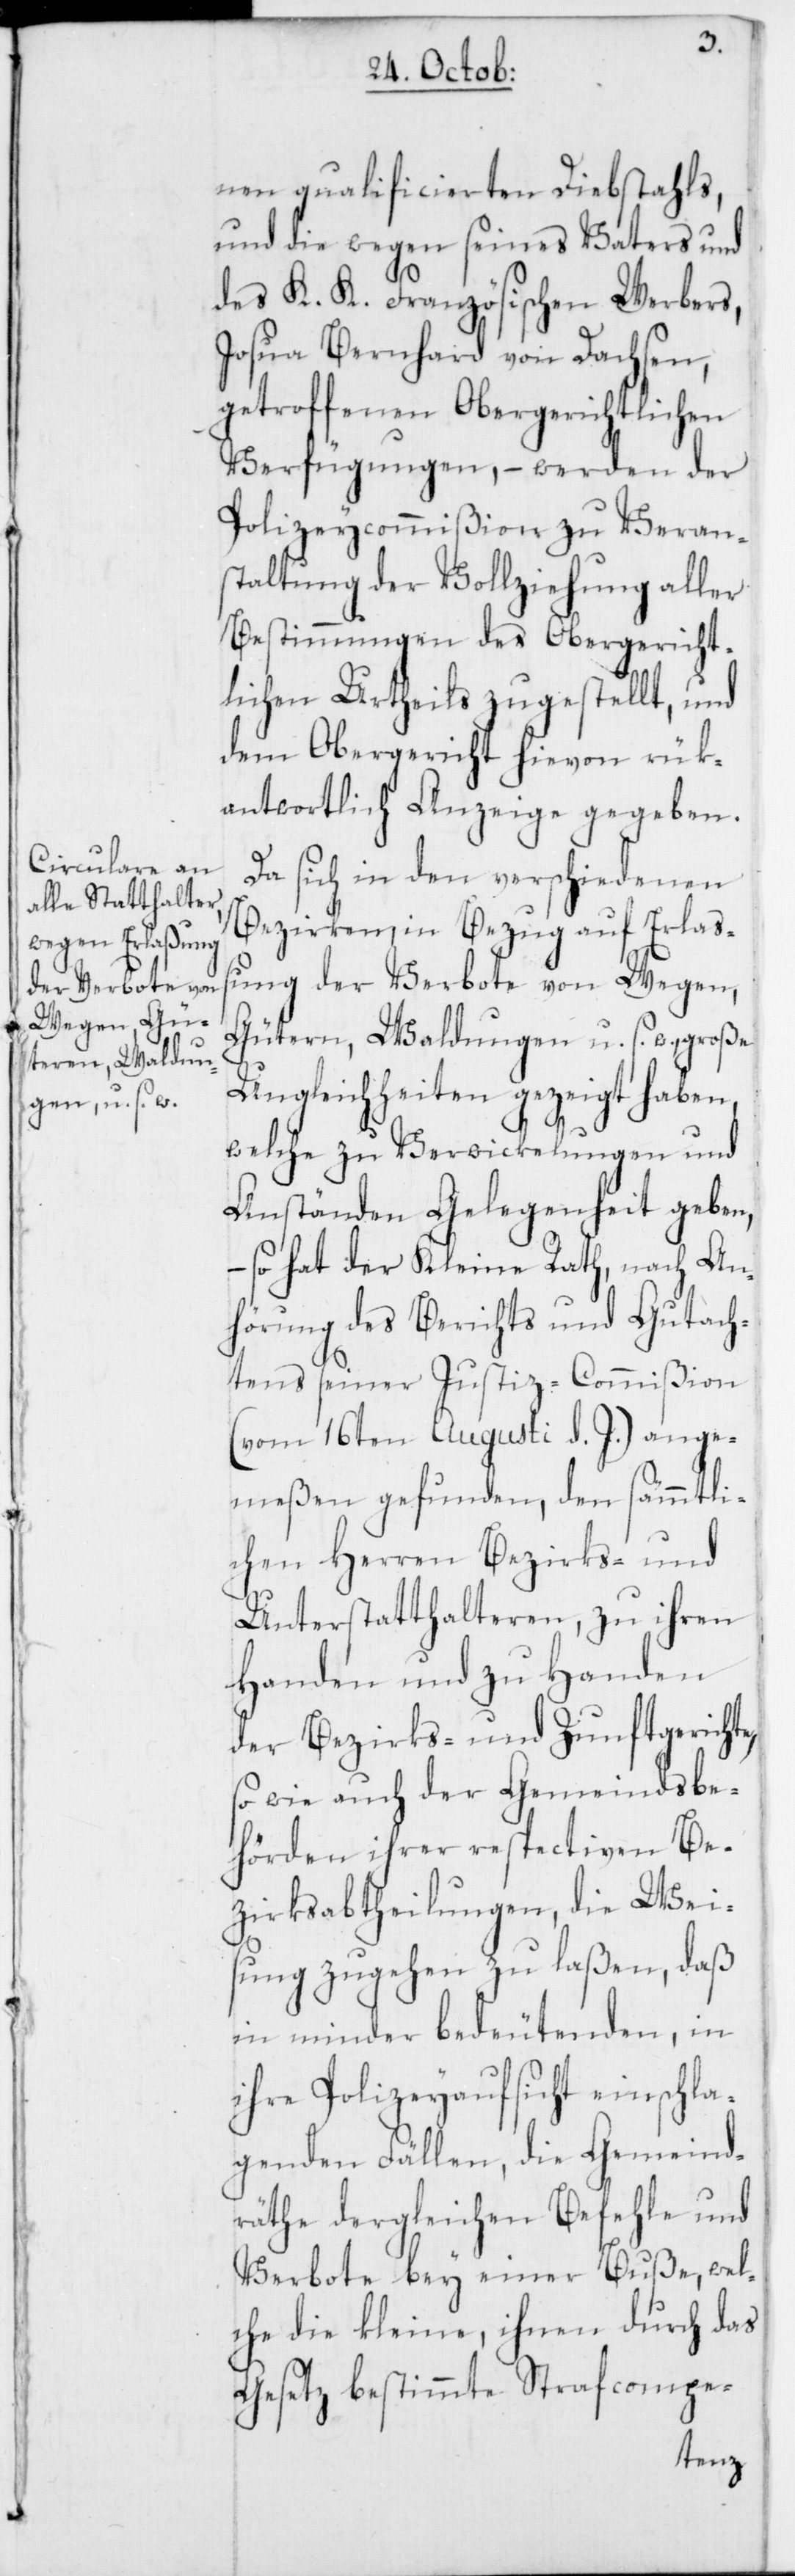
nen qualificierten Diebstahls,
und die wegen seines Vaters, und
des K. K. Französischen Werbers,
Josua Bernhard von Dachsen,
getroffenen Obergerichtlichen
Verfügungen, – werden der
Polizeycommißion zu Veran¬
staltung der Vollziehung aller
Bestimmungen des Obergericht¬
lichen Urtheils zugestellt, und
dem Obergericht hievon rük¬
antwortlich Anzeige gegeben.
Da sich in den verschiedenen
Bezirken, in Bezug auf Erlaß¬
ung der Verbote von Wegen,
Gütern, Waldungen u. s. w., große
Ungleichheiten gezeigt haben,
welche zu Verwickelungen und
Anständen Gelegenheit geben,
– so hat der Kleine Rath, nach An¬
hörung des Berichts und Gutach¬
tens seiner Justiz-Commißion
(vom 16ten Augusti d. J.) ange¬
meßen gefunden, den sämmtli¬
chen Herren Bezirks- und
Unterstatthalteren, zu ihren
Handen und zu Handen
der Bezirks- und Zunftgerichte,
so wie auch der Gemeindsbe¬
hörden ihrer respectiven Be¬
zirksabtheilungen, die Wei¬
sung zugehen zu laßen, daß
in minder bedeutenden, in
ihre Polizeyaufsicht einschla¬
genden Fällen, die Gemeind¬
räthe dergleichen Befehle und
Verbote bey einer Buße, wel¬
che die kleine, ihnen durch das
Gesetz bestimmte Strafcompe-